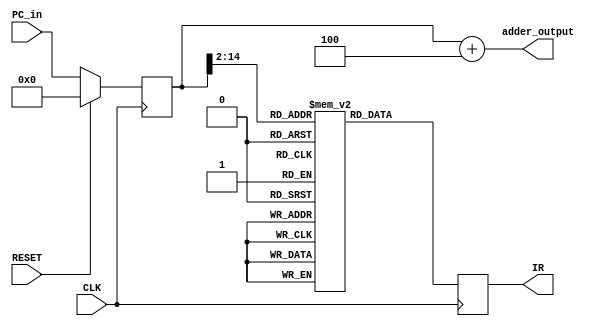
`timescale 1ns / 1ps
//////////////////////////////////////////////////////////////////////////////////
// Company: University of Peradeniya
// 
// Design Name: 
// Module Name: PC
// Project Name: 
// Target Devices: 
// Tool Versions: 
// Description: 
// 
// Dependencies: 
// 
// Revision:
// Revision 0.01 - File Created
// Additional Comments:
// 
//////////////////////////////////////////////////////////////////////////////////


module Instruction_Fetch_Module(
    input RESET,
    input CLK,
//    input PC_write_enable,
    input wire [31:0] PC_in,
    output reg [31:0]  IR,
    output wire [31:0] adder_output
    );
    reg [31:0] PC;
    wire [31:0] PC_out;
//    wire [31:0] PC_in; 
    wire [31:0] read_address;
    wire [31:0] instruction;
    
    reg [31:0] instruction_memory [0:4096]; //Let the instruction space be 4K x 31 bits

////////////////Program Counter Adder/////////////////

    assign adder_output = PC_out + 32'h00000004;            // Adder output and PC_in is not connected (connect them in the testbench

//////////////////////////////////////////////////////

////////////////Program Counter part/////////////////
    // connect PC_out wire to PC
    assign PC_out = PC;

    //Inititial value
    initial begin
        PC <= 32'h00000000;
    end
    
    //PC latches at negative edge
    always @(posedge CLK)
    begin
        //reset program counter
        if (RESET) PC <= 32'h00000000;
        // update program counter
        else
        begin
            // only update the PC if PC write is active
            // unless PC will update at every clock pulse
//            if (PC_write_enable) PC <= PC_in;
            PC <= PC_in;
        end
    end
//////////////////////////////////////////////////////

//////////////////Instruction Memory///////////////////
    //Instruction memory is byte addressible.
    //Hence the 0th and the 1st bits of the address is ignored
    assign read_address = PC_out;
    assign instruction =  instruction_memory[read_address >> 2];
//////////////////////////////////////////////////////

//////////////////Instruction Register///////////////////
    //Instruction Register is latched at positive edge
    always @(negedge CLK)
    begin
        IR <= instruction;
    end
//////////////////////////////////////////////////////





/////////////////////////////////////////////////////
    // Program instructions for the testing //
    initial begin
    // Initialize
        instruction_memory[0] <= {6'd0, 5'd0, 5'd0, 5'd1, 5'd0, 6'h20};
    // Test Addition => 12 + 327 = 339.
        // Here, load word and write word instructions are also tested
        // Load 12 => Load word from data memory[1] and store it in register[2]
        instruction_memory[1] <= {6'h23, 5'd0, 5'd2, 16'd4};   // Memory is byte addresssable
        // Load 327 => Load word from data memory[2] and store it in register[3]
        instruction_memory[2] <= {6'h23, 5'd0, 5'd3, 16'd8};   // Memory is byte addresssable
        // r-type rs[2] rt[3] rd[4] add
        instruction_memory[3] <= {6'd0, 5'd2, 5'd3, 5'd4, 5'd0, 6'h20};
        // Write result => Write result in register[4] to memory[3]
        instruction_memory[4] <= {6'h2b, 5'd0, 5'd4, 16'd12};   // Memory is byte addresssable
 
    // Test Substraction => 339 - 100 = 239
        // Load result from memory[3] to register[2]
        instruction_memory[5] <= {6'h23, 5'd0, 5'd2, 16'd12};   // Memory is byte addresssable
        // Load 100 => Load word from data memory[4] and store it in register[3]
        instruction_memory[6] <= {6'h23, 5'd0, 5'd3, 16'd16};   // Memory is byte addresssable
        // r-type rs[2] rt[3] rd[5] sub
        instruction_memory[7] <= {6'd0, 5'd2, 5'd3, 5'd5, 5'd0, 6'h22};

    // Test AND => 47583 AND 125543 = 43079
        // Load 47583 from memory[5] to register[2]
        instruction_memory[8] <= {6'h23, 5'd0, 5'd2, 16'd20};   // Memory is byte addresssable
        // Load 125543 from memory[6] to register[3]
        instruction_memory[9] <= {6'h23, 5'd0, 5'd3, 16'd24};   // Memory is byte addresssable
        // r-type rs[2] rt[3] rd[4] AND
        instruction_memory[10] <= {6'd0, 5'd2, 5'd3, 5'd4, 5'd0, 6'h24};

    // Test OR => 47583 OR 125543 = 130047 => r-type rs[2] rt[3] rd[5] OR
        instruction_memory[11] <= {6'd0, 5'd2, 5'd3, 5'd5, 5'd0, 6'h25};

    // Test set less than => 43079 < 130047 => r-type rs[4] rt[5] rd[6] slt
        instruction_memory[12] <= {6'd0, 5'd4, 5'd5, 5'd6, 5'd0, 6'h2a};
    // Test set less than => 130047 < 43079 => r-type rs[5] rt[4] rd[6] slt
        instruction_memory[13] <= {6'd0, 5'd5, 5'd4, 5'd6, 5'd0, 6'h2a};

    // Test Branch on Equal instruction
        // Compare register register[2] (47583) with register[3]
        // Load 47583 to register[3]
        instruction_memory[14] <= {6'h23, 5'd0, 5'd3, 16'd20};   // Memory is byte addresssable
        // If register[2] == register[4], goto instruction number 21
        // beq rs[2] rt[4] offset
        instruction_memory[15] <= {6'h4, 5'd2, 5'd4, 16'd5};
        // If register[2] == register[3], goto instruction number 21
        // beq rs[2] rt[3] offset
        instruction_memory[16] <= {6'h4, 5'd2, 5'd3, 16'd4};
        
      // These instructions are skipped
        instruction_memory[17] <= {6'h23, 5'd0, 5'd4, 16'd20};   // Memory is byte addresssable
        instruction_memory[18] <= {6'h23, 5'd0, 5'd4, 16'd20};   // Memory is byte addresssable
        instruction_memory[19] <= {6'h23, 5'd0, 5'd4, 16'd20};   // Memory is byte addresssable
        instruction_memory[20] <= {6'h23, 5'd0, 5'd4, 16'd20};   // Memory is byte addresssable
        
       // If beq is executing properly, substract register[3] from register[2]
         // r-type rs[2] rt[3] rd[4] sub
        instruction_memory[21] <= {6'd0, 5'd2, 5'd3, 5'd4, 5'd0, 6'h22};

      // Test jump instruction
        // Jump to instruction 5 (No need to multiply by 4)
        instruction_memory[22] <= {6'h2, 26'd5};
    end
///////////////////////////////////////////////////////////////////////////////////////////////////////



endmodule